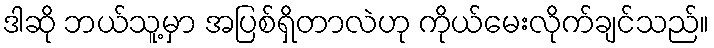
ဒါဆို ဘယ်သူ့မှာ အပြစ်ရှိတာလဲဟု ကိုယ်မေးလိုက်ချင်သည်။